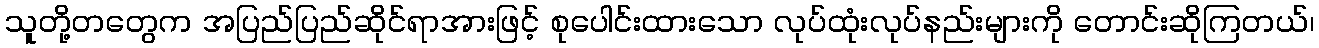
သူတို့တတွေက အပြည်ပြည်ဆိုင်ရာအားဖြင့် စုပေါင်းထားသော လုပ်ထုံးလုပ်နည်းများကို တောင်းဆိုကြတယ်၊